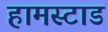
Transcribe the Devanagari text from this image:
हामस्टाड